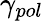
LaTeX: \gamma_{pol}